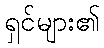
ရှင်များ၏